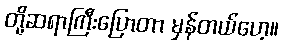
တို့ဆရာကြီးပြောတာ မှန်တယ်ဟေ့။